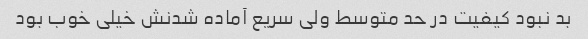
بد نبود کیفیت در حد متوسط ولی سریع آماده شدنش خیلی خوب بود